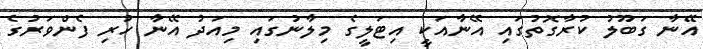
އޭނާ ގަބޫލު ކުރާގޮތުގައި އޭނާއަކީ އިޓަލީގެ މިލާނުގައި މިއަދު އޭނާ ހުރި ފެންވަރުގެ